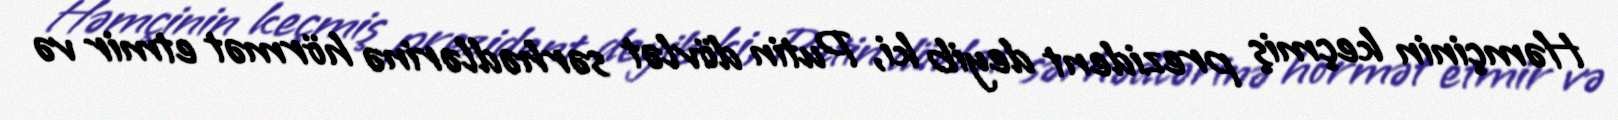
Həmçinin keçmiş prezident deyib ki, Putin dövlət sərhədlərinə hörmət etmir və